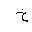
Letter: _kha